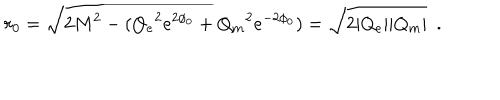
r _ { 0 } = \sqrt { 2 M ^ { 2 } - ( { Q _ { e } } ^ { 2 } e ^ { 2 \phi _ { 0 } } + { Q _ { m } } ^ { 2 } e ^ { - 2 \phi _ { 0 } } ) } = \sqrt { 2 | Q _ { e } | | Q _ { m } | } ~ ~ .